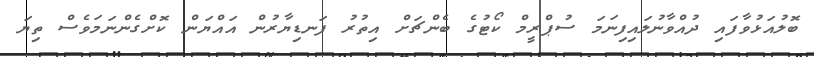
ބޮލުއަޅުވާފައި ދުއްވާނުލައިފިނަމަ ސުޕްރީމް ކޯޓުގެ ބެންޗަށް އިތުރު ފަނޑިޔާރުން އައްޔަން ކޮށްގެންނަމަވެސް ތިޔަ